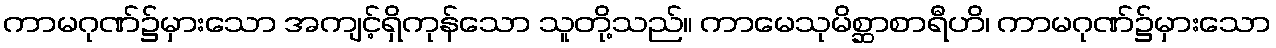
ကာမဂုဏ်၌မှားသော အကျင့်ရှိကုန်သော သူတို့သည်။ ကာမေသုမိစ္ဆာစာရီဟိ၊ ကာမဂုဏ်၌မှားသော